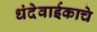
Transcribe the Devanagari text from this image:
धंदेवाईकाचे